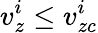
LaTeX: v_{z}^{i}\leq v_{zc}^{i}